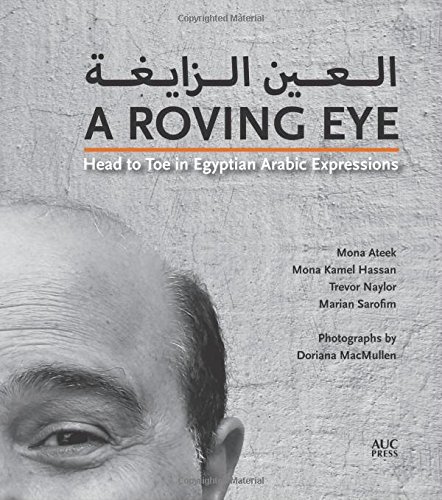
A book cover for A Roving Eye: Head to Toe in Egyptian Arabic Expressions; Mona Ateek; Travel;